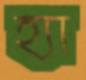
হ্যা